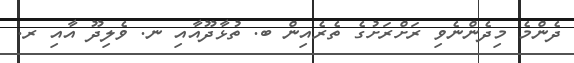
ދެންމެ މިދެންނެވި ރަށްރަށުގެ ތެރެއިން ބ. ތުޅާދޫއާއި ނ. ވެލިދޫ އާއި ރ.